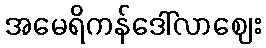
အမေရိကန်ဒေါ်လာဈေး